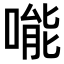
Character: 𠹌